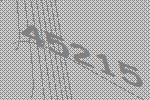
45215